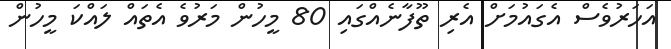
އަހަރުވެސް އެގައުމަށް އެރި ތޫފާނެއްގައި 80 މީހުން މަރުވެ އެތައް ލައްކަ މީހުން